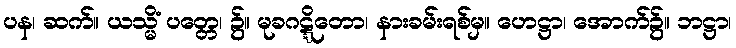
ပန၊ ဆက်။ ယသ္မိံ ပတ္တေ၊ ၌။ မုခဂဋ္ဋိတော၊ နားခမ်းရစ်မှ။ ဟေဋ္ဌာ၊ အောက်၌။ ဘဋ္ဌာ၊